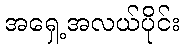
အရှေ့အလယ်ပိုင်း